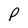
Character: P